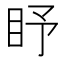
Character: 𥄛